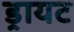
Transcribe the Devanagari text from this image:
ड्रायट